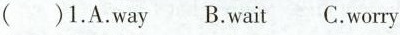
( )1. A. Way B. wat C. worry